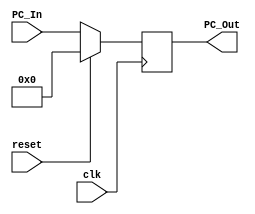
module Program_Counter
(input clk, reset,
input [63:0] PC_In,
output reg [63:0] PC_Out);

	initial
	PC_Out = 0;
	
	always @(posedge clk)
		begin
			PC_Out = PC_In;
			if (reset == 1)
				PC_Out = 0;
		end
endmodule